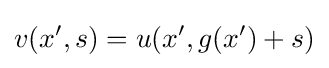
v(x',s)=u(x',g(x')+s)